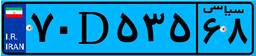
۷۰D۵۳۵۶۸